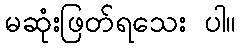
မဆုံးဖြတ်ရသေး ပါ။